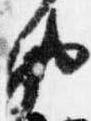
中